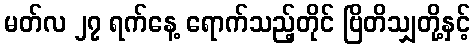
မတ်လ ၂၇ ရက်နေ့ ရောက်သည့်တိုင် ဗြိတိသျှတို့နှင့်